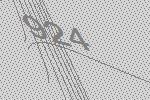
924